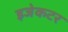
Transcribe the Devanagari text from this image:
इजेकटर